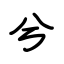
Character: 兮